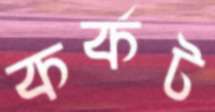
কর্কট